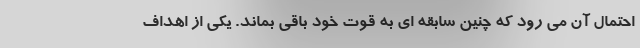
احتمال آن می رود که چنین سابقه ای به قوت خود باقی بماند. یکی از اهداف